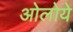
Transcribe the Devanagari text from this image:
ओलोये